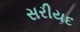
સરીયદ